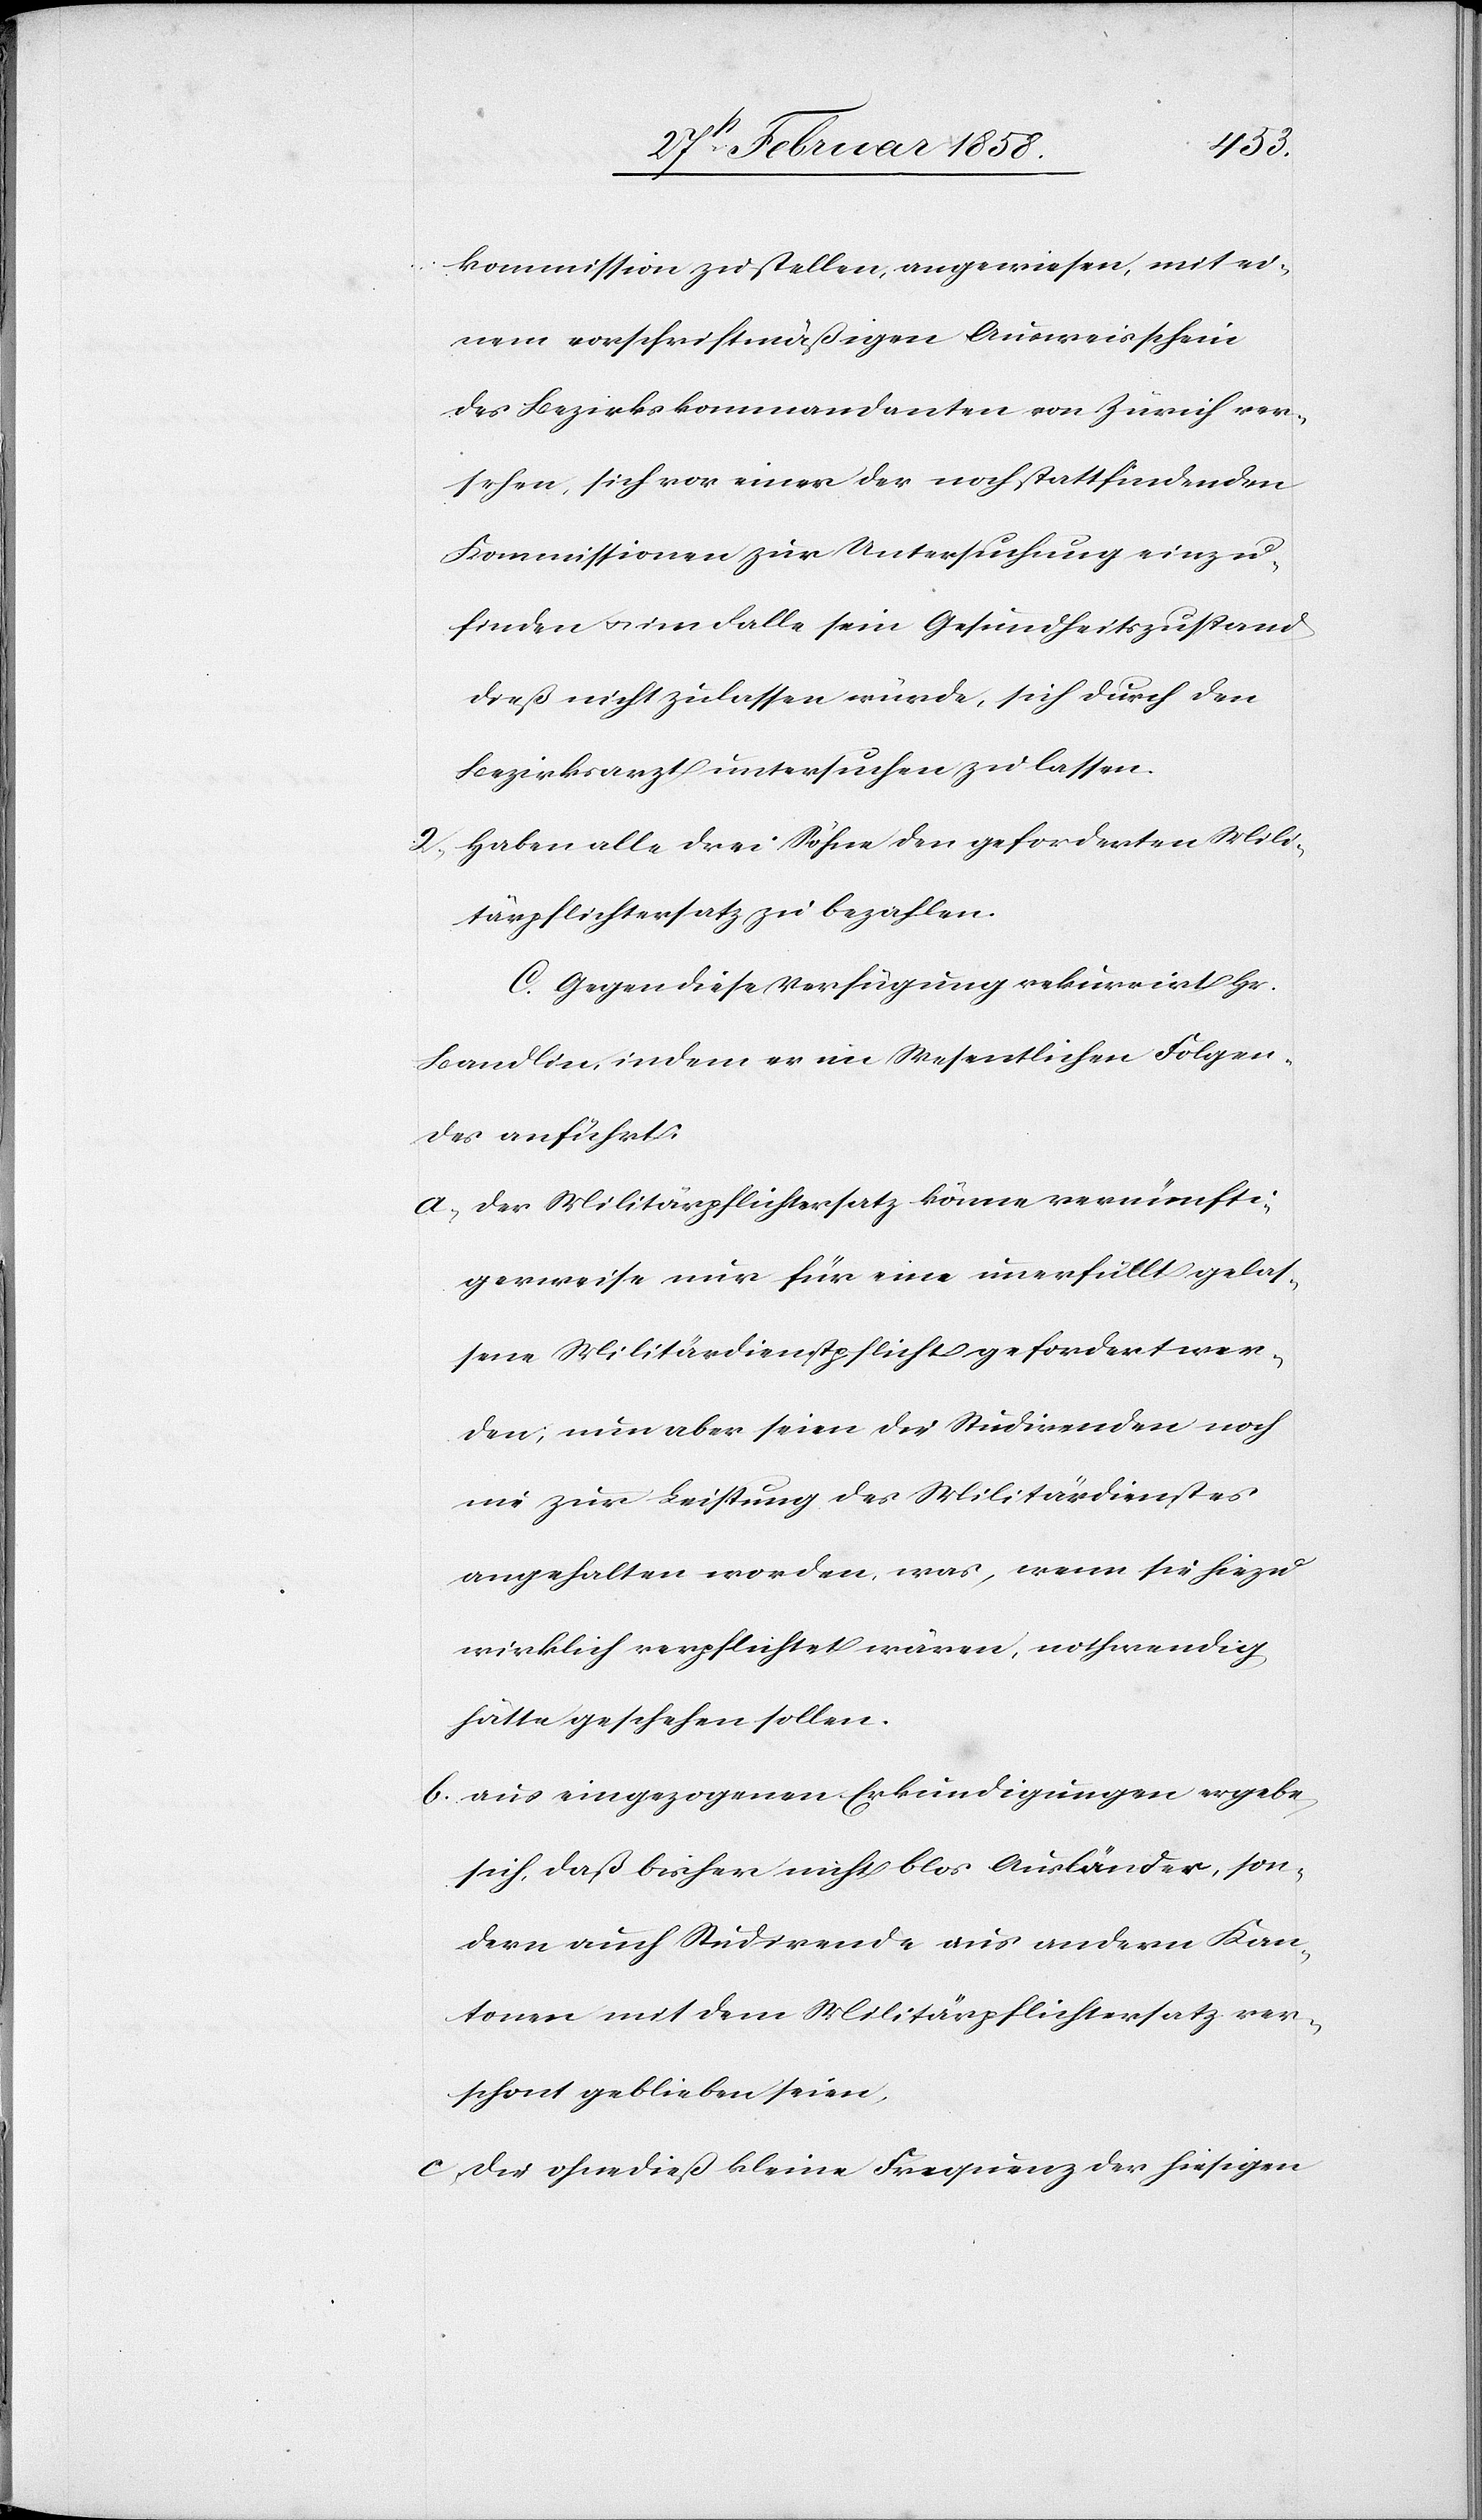
kommission zu stellen, angewiesen, mit ei¬
nem vorschriftmäßigen Ausweisschein
des Bezirkskommandanten von Zürich ver¬
sehen, sich vor einer der noch stattfindenden
Kommissionen zur Untersuchung einzu¬
finden u. im Falle sein Gesundheitszustand
dieß nicht zulassen würde, sich durch den
Bezirksarzt untersuchen zu lassen.
2. Haben alle drei Söhne den geforderten Mili¬
tärpflichtersatz zu bezahlen.
C. Gegen diese Verfügung rekurrirt Hr.
Bandlin, indem er im Wesentlichen Folgen¬
des anführt:
a. Der Militärpflichtersatz könne vernünfti¬
gerweise nur für eine unerfüllt gelas¬
sene Militärdienstpflicht gefordert wer¬
den; nun aber seien die Studirenden noch
nie zur Leistung des Militärdienstes
angehalten worden, was, wenn sie hiezu
wirklich verpflichtet wären, nothwendig
hätte geschehen sollen.
b. aus eingezogenen Erkundigungen ergebe
sich, daß bisher nicht blos Ausländer, son¬
dern auch Studirende aus andern Kan¬
tonen mit dem Militärpflichtersatz ver¬
schont geblieben seien,
c. die ohnedieß kleine Frequenz der hiesigen